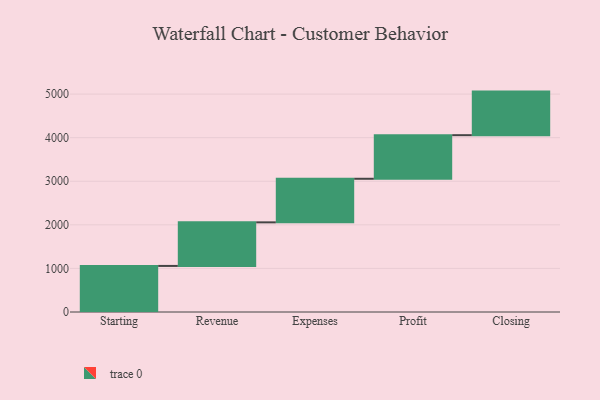
{"axis": {"x": "Step", "y": "Value"}, "legend": [""], "data": [{"x": "Starting", "y": 1057.0, "type": ""}, {"x": "Revenue", "y": 1000, "type": ""}, {"x": "Expenses", "y": 1000, "type": ""}, {"x": "Profit", "y": 1000, "type": ""}, {"x": "Closing", "y": 1000, "type": ""}]}